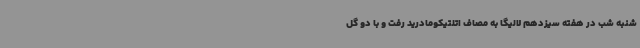
شنبه شب در هفته سیزدهم لالیگا به مصاف اتلتیکومادرید رفت و با دو گل